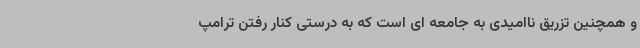
و همچنین تزریق ناامیدی به جامعه ای است که به درستی کنار رفتن ترامپ